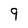
Character: 9